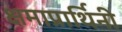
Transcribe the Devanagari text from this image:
क्षमाप्रार्थिनी